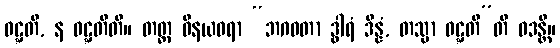
ဝဋ္ဋတိ, န ဝဋ္ဋတီတိ။ တတ္ထ ဝိနယဓရာ “ဘဂဝတာ ဒွါရံ ဒိန္နံ, တသ္မာ ဝဋ္ဋတီ”တိ ဝဒန္တိ။